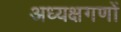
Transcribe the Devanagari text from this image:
अध्यक्षगणों